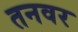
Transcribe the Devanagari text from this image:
तनवर